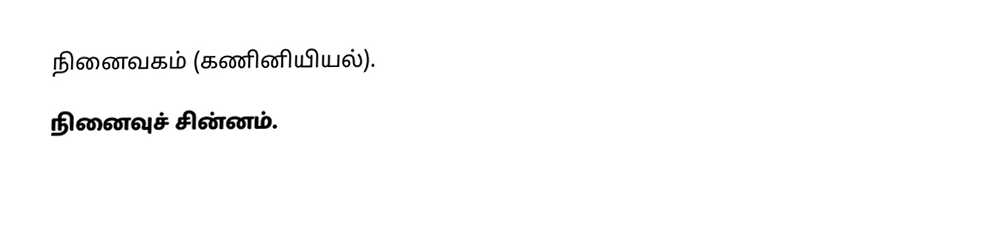
நினைவகம் (கணினியியல்).
 நினைவுச் சின்னம்.